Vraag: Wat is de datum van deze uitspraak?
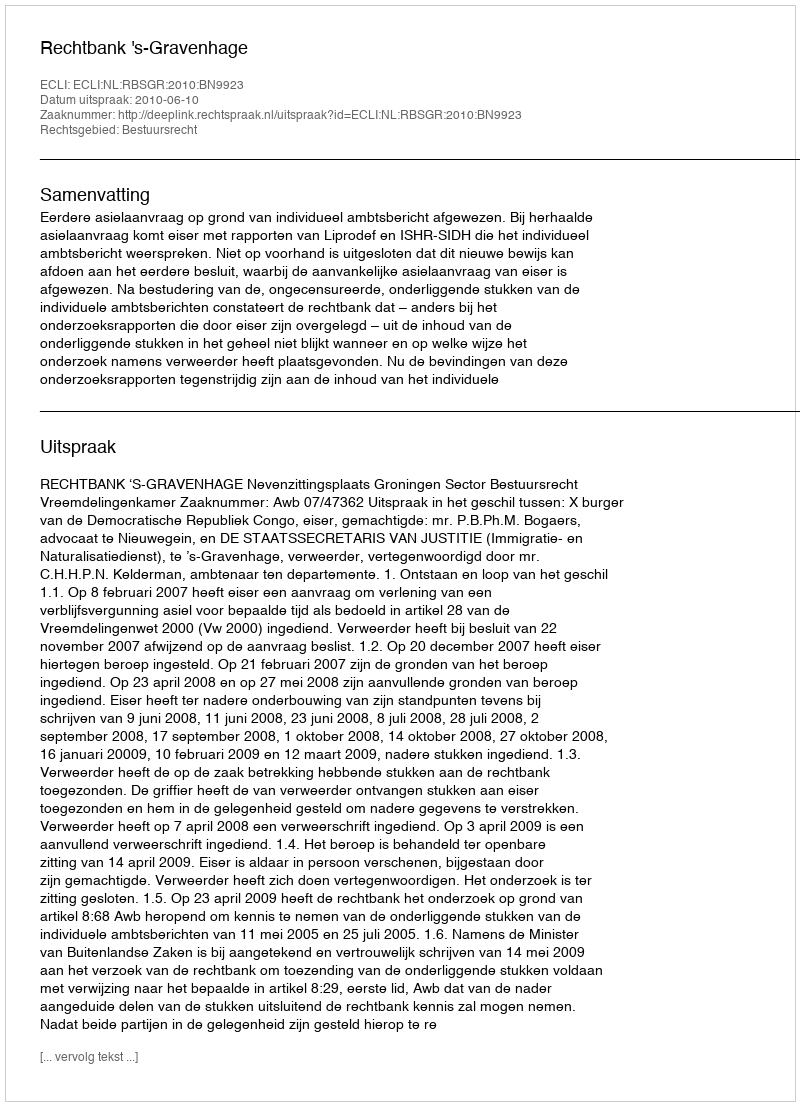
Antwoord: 2010-06-10